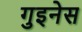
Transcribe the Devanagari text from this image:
गुइनेस